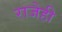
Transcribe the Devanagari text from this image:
राजेही